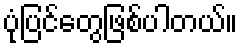
ပုံပြင်တွေဖြစ်ပါတယ်။